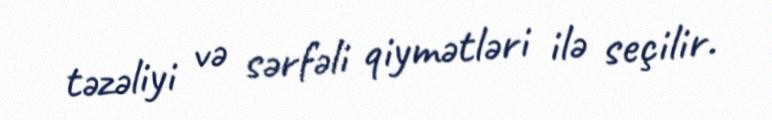
təzəliyi və sərfəli qiymətləri ilə seçilir.